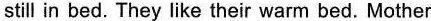
still in bed. They like their warm bed. Mother